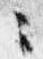
々